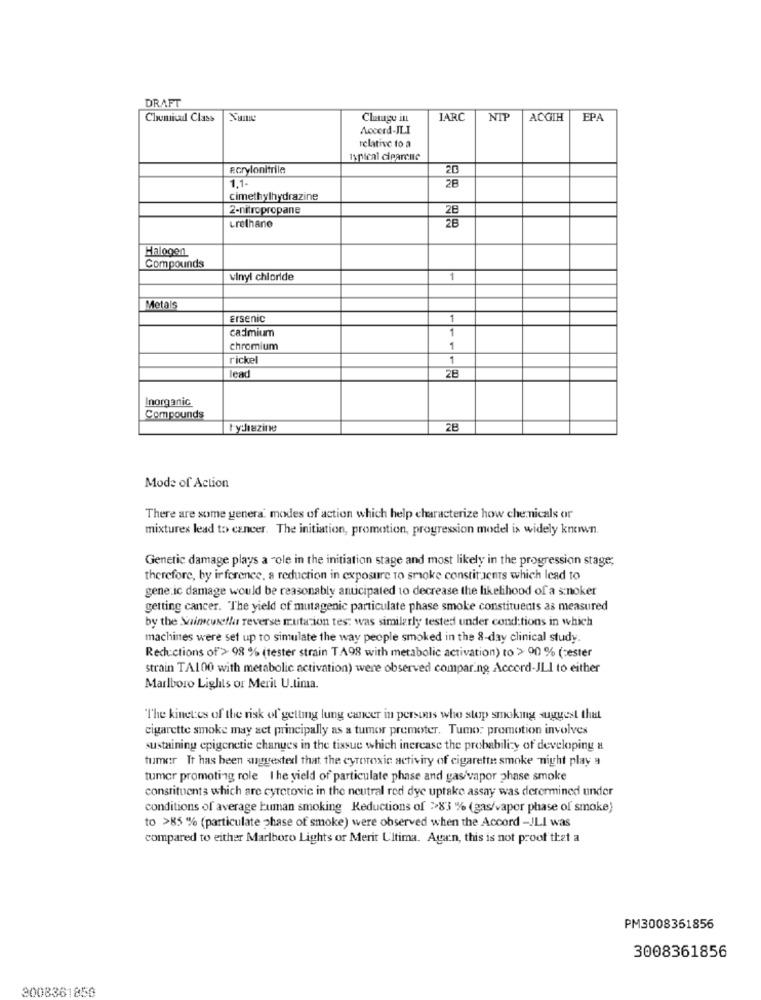
DRAFT
Chemical Class
Change it
ARC
ACGIH
EPA
Accerd-JLI
relative to a
Ipical ciparene
Ecrylonitrile
20
1.1-
2B
cimethylhydrazine
2-nitropropane
28
urethane
Halogen
Compounds
vinyl chloride
1
Metals
Ersenic
1
cadmium
1
chromium
1
rickel
1
lead
28
Inorganic
Compounds
tyshazine
28
Mode of Action
There are some genera modes of action which help characterize how che nicals or
mixtures lead to cancer. The initiation, promotion, progression model is widely known.
Genetic damage plays a role in the initiation stage and most likely in the progression stage;
therefore, by ir ference, a reduction in exposure to smoke constituents which lead to
generic damage would be reasonably anticipated to decrease the likelihood of a snoker
getting cancer. The yield of mutagenic particulate phase smoke constituents as measured
by the Saimewietla reverse muta ion tes: was similarly tested under cond:tions in which
machines were set up to simulate the way people smoked in the 8-day clinical study.
Reductions of > 98 % (tester strain TA98 with metabolic activation) to > 00 % (pester
strain TA100 with metabolic activation) were observed comparing Accord-JLI to either
Marlboro Lights or Merit U.tina.
The kinetes of the risk of getting lung cancer in persons who stop smoking suggest that
cigarette smoke may aet principally as a tumor premoter. Tumo: promotion involves
sustaining epigenetie changes in the tissue which inercase the probability of developing a
fumer It has been suggested that the cyroroxic activity of cigarette smoke night play 9
tumor promoting role I he yield of particulate phase and gas/vapor phase smoke
constituents which are cytotoxic in the neutral red dye uptake assay was derermined under
conditions of average human smoking Reductions of >>83 % (gas/vapor phase of smoke)
to >85 % (particulate phase of smoke) were observed when the Accord -JLI was
compared to either Marlboro Lights of Merit Ultima. Agan, this is not proof that a
PM3008351856
3008361856
3008361858